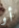
أو